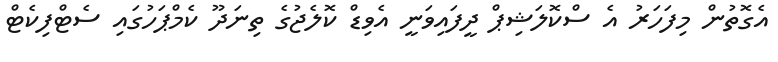
އެގޮތުން މިފަހަރު އެ ސްކޮލަޝިޕް ދީފައިވަނީ އެވިޑް ކޮލެޖުގެ ތިނަދޫ ކެމްޕަހުގައި ސެޓްފިކެޓް